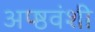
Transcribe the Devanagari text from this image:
अप्ष्ठवंशी